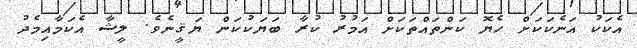
އެކަކު އަނެކަކަށް ހެޔޮ ކަންތައްތަކަށް އަމުރު ކުރާ ބަޔަކުކަން ޔަޤީނެވެ. ލީޝާ އެކަމާއިމެދު